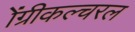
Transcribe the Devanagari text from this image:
ॲग्रीकल्चरल